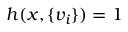
h ( x , \{ v _ { i } \} ) = 1